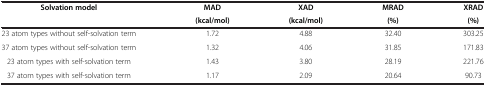
<table><thead><tr><td rowspan="2"><b>Solvation model</b></td><td><b>MAD</b></td><td><b>XAD</b></td><td><b>MRAD</b></td><td><b>XRAD</b></td></tr><tr><td><b>(kcal/mol)</b></td><td><b>(kcal/mol)</b></td><td><b>(%)</b></td><td><b>(%)</b></td></tr></thead><tbody><tr><td>23 atom types without self-solvation term</td><td>1.72</td><td>4.88</td><td>32.40</td><td>303.25</td></tr><tr><td>37 atom types without self-solvation term</td><td>1.32</td><td>4.06</td><td>31.85</td><td>171.83</td></tr><tr><td>23 atom types with self-solvation term</td><td>1.43</td><td>3.80</td><td>28.19</td><td>221.76</td></tr><tr><td>37 atom types with self-solvation term</td><td>1.17</td><td>2.09</td><td>20.64</td><td>90.73</td></tr></tbody></table>